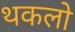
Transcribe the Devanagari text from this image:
थकलो